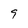
Character: 9